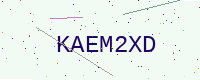
Text: KAEM2XD